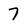
Character: 7